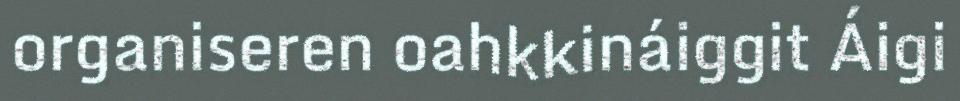
organiseren oahkkináiggit Áigi